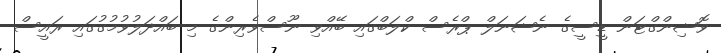
ވޮޝިންގްޓަން ޑީސީގެ ނެޝަނަލް ޕްރެސް ކްލަބްގައި ބޭއްވި ނޫސްވެރިންގެ މި ބައްދަލުވުމުގުގައި ރައީސް